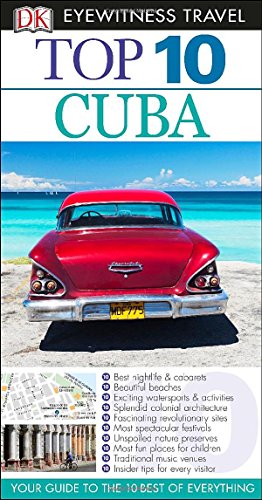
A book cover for Top 10 Cuba (Eyewitness Top 10 Travel Guide); Christopher Baker; Travel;